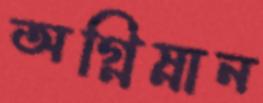
অগ্নিস্নান